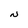
Character: N